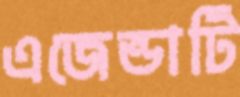
এজেন্ডাটি